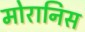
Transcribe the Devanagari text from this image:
मोरानिस